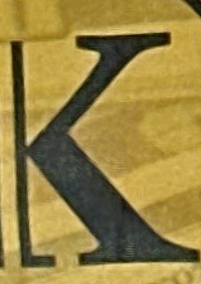
K